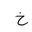
Letter: _kha